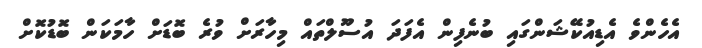
އެހެންވެ އެޑިއުކޭޝަންގައި ބުނެފިން އެފަދަ އުސޫލްތައް މިހާރަށް ވުރެ ބޮޑަށް ހާމަކަން ބޮޑުކޮށް